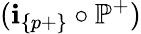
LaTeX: (\textbf{i}_{\{ p+\} }\circ\mathbb{P}^{+})